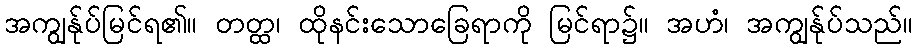
အကျွန်ုပ်မြင်ရ၏။ တတ္ထ၊ ထိုနင်းသောခြေရာကို မြင်ရာ၌။ အဟံ၊ အကျွန်ုပ်သည်။